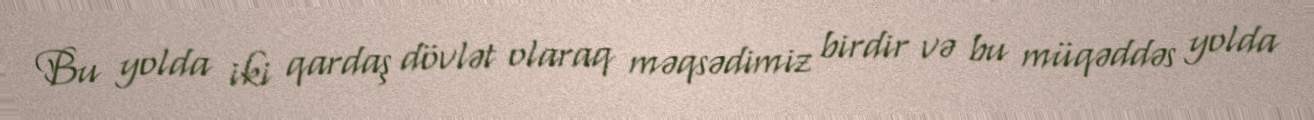
Bu yolda iki qardaş dövlət olaraq məqsədimiz birdir və bu müqəddəs yolda